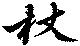
杖